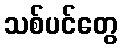
သစ်ပင်တွေ